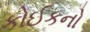
કોઈકનો